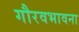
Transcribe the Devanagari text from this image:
गौरवभावना